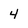
Character: 4